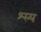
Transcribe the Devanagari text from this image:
श्स्य